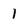
Character: I